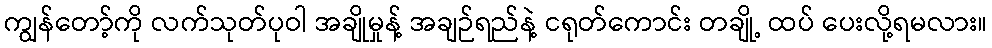
ကျွန်တော့်ကို လက်သုတ်ပုဝါ အချိုမှုန့် အချဉ်ရည်နဲ့ ငရုတ်ကောင်း တချို့ ထပ် ပေးလို့ရမလား။